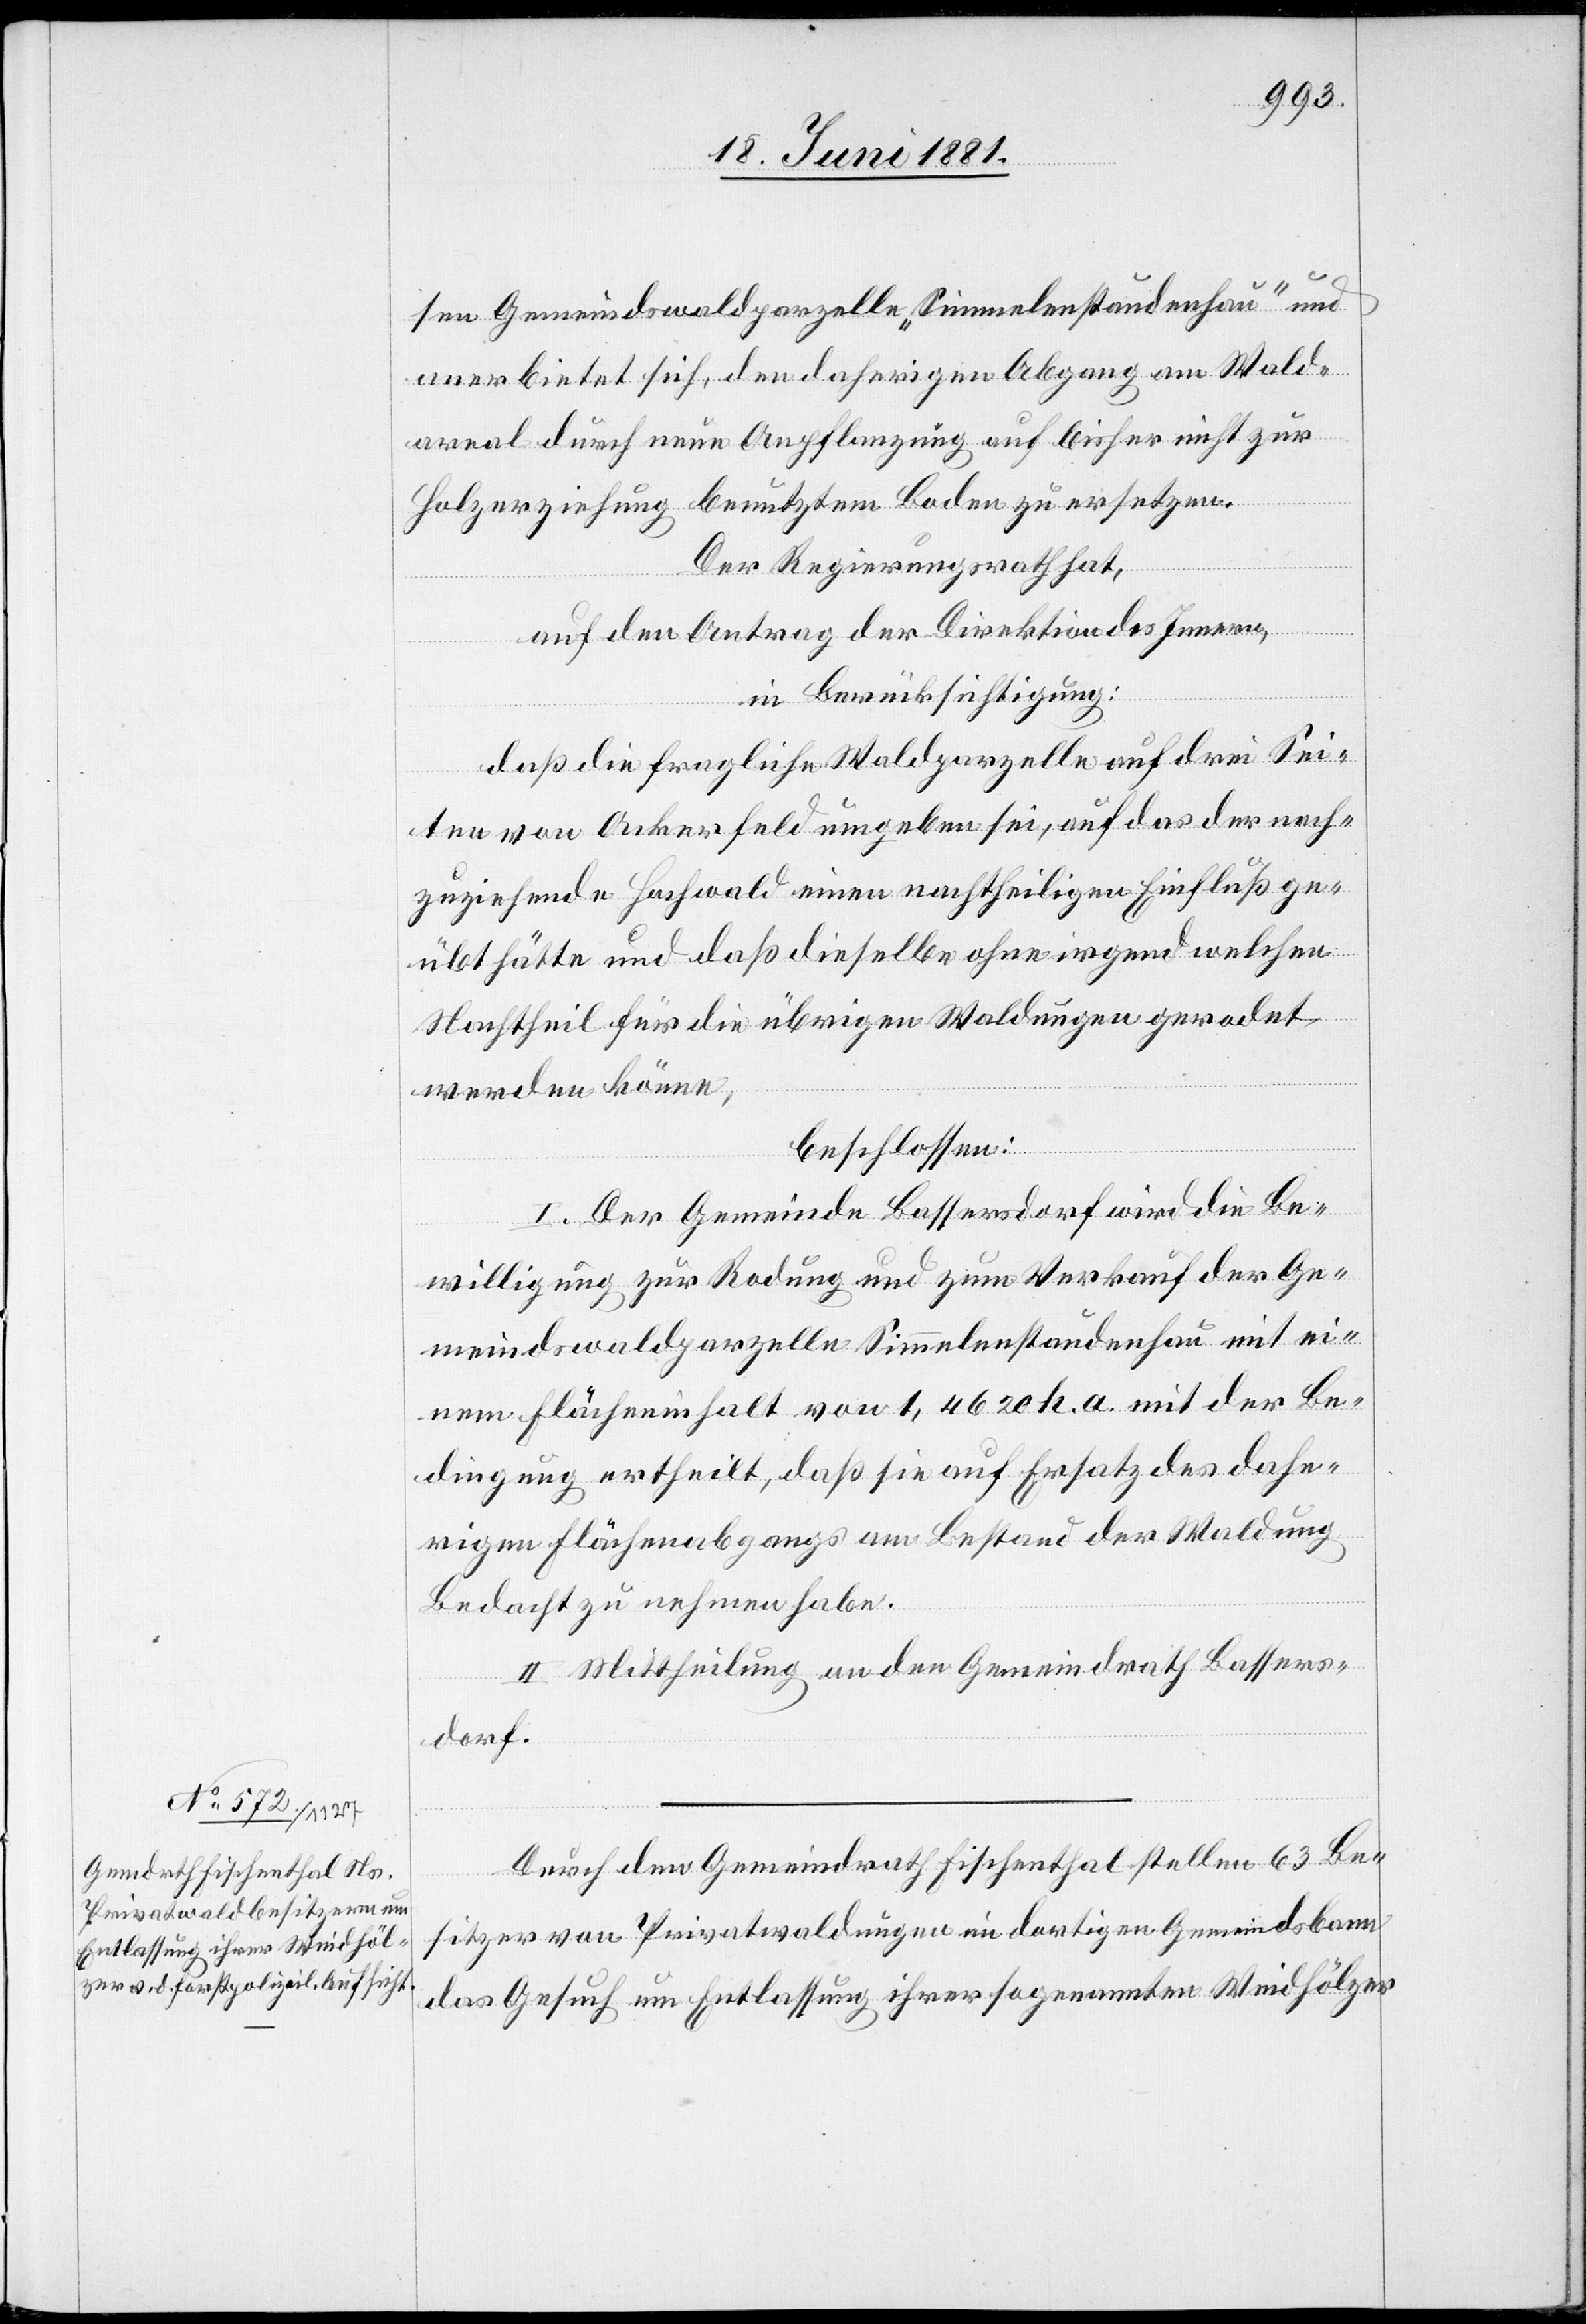
sen Gemeindswaldparzelle „Simmelenstaudenhau“ und
anerbietet sich, den daherigen Abgang am Wald¬
areal durch neue Anpflanzung auf bisher nicht zur
Holzerziehung benutztem Boden zu ersetzen.
Der Regierungsrath,
auf den Antrag der Direktion des Innern,
in Berücksichtigung:
daß die fragliche Waldparzelle auf drei Sei¬
ten von Ackerfeld umgeben sei, auf das der nach¬
zuziehende Hochwald einen nachtheiligen Einfluß ge¬
übt hätte und daß dieselbe ohne irgend welchen
Nachtheil für die übrigen Waldungen gerodet
werden könne,
beschlossen:
I. Der Gemeinde Bassersdorf wird die Be¬
willigung zur Rodung und zum Verkauf der Ge¬
meindswaldparzelle Simmelenstaudenhau mit ei¬
nem Flächeninhalt von 1,4620 h. a. mit der Be¬
dingung ertheilt, daß sie auf Ersatz des dahe¬
rigen Flächenabgangs am Bestand der Waldung
Bedacht zu nehmen habe.
II. Mittheilung an den Gemeindrath Bassers¬
dorf.
Durch den Gemeindrath Fischenthal stellen 63 Be¬
sitzer von Privatwaldungen im dortigen Gemeindsbann
das Gesuch um Entlassung ihrer sogenannten Weidhölzer